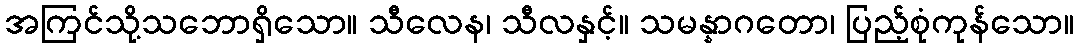
အကြင်သို့သဘောရှိသော။ သီလေန၊ သီလနှင့်။ သမန္နာဂတော၊ ပြည့်စုံကုန်သော။